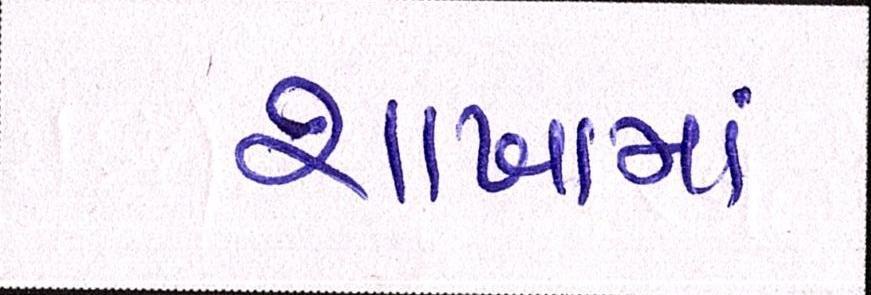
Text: શાખામાં